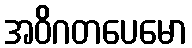
အဝိဂတပေမော